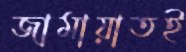
জামায়াতই